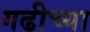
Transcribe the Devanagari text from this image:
गढीच्या